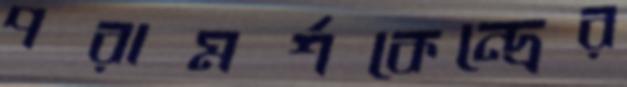
পরামর্শকেন্দ্রের